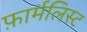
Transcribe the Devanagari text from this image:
फ़ार्मलिस्ट